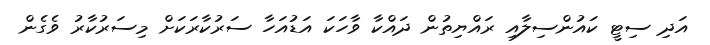
އަދި ސިޓީ ކައުންސިލާއި ރައްޔިތުން ދައްކާ ވާހަކަ އަޑުއަހާ ސަރުކާރަކަށް މިސަރުކާރު ވެގެން